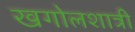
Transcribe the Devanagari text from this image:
खगोलशात्री